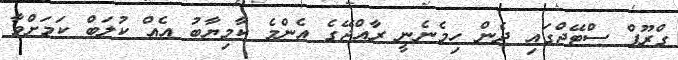
ގްރޫޕް ސްޓޭޖްގައި ދެން ހިމެނެނީ ރާއްޖޭގެ އެންމެ ކާމިޔާބު އެއް ކުލަބް ކަމަށްވާ